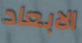
الابعاد